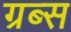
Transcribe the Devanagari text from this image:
ग्रब्स